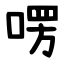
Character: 㗄